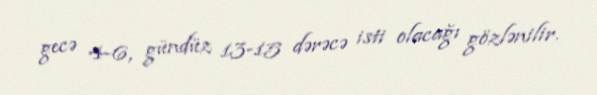
gecə 4-6, gündüz 13-15 dərəcə isti olacağı gözlənilir.